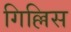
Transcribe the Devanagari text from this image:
गिल्लिस